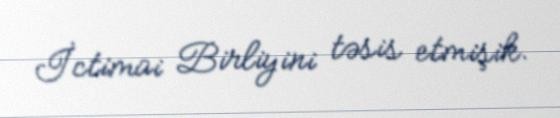
İctimai Birliyini təsis etmişik.